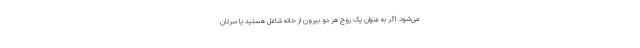
می‌شود. اگر به عنوان یک زوج هر دو بیرون از خانه شاغل هستید یا سرتان